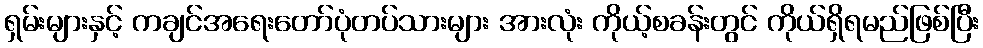
ရှမ်းများနှင့် ကချင်အရေးတော်ပုံတပ်သားများ အားလုံး ကိုယ့်စခန်းတွင် ကိုယ်ရှိရမည်ဖြစ်ပြီး